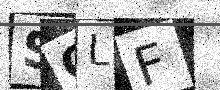
Text: SQLF